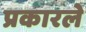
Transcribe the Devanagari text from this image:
प्रकारले